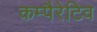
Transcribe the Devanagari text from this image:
कम्पैरेटिव